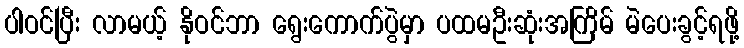
ပါဝင်ပြီး လာမယ့် နိုဝင်ဘာ ရွေးကောက်ပွဲမှာ ပထမဦးဆုံးအကြိမ် မဲပေးခွင့်ရဖို့